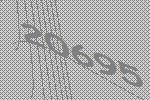
20695